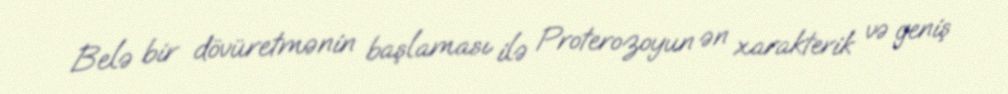
Belə bir dövüretmənin başlaması ilə Proterozoyun ən xarakterik və geniş